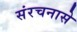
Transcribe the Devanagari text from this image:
संरचनासे